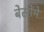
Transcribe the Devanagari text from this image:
बेसोंमें